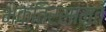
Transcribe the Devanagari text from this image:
भक्तिरसामृत